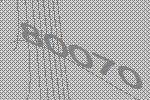
80070